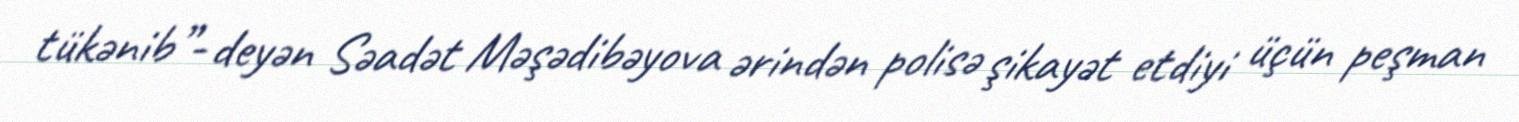
tükənib”- deyən Səadət Məşədibəyova ərindən polisə şikayət etdiyi üçün peşman